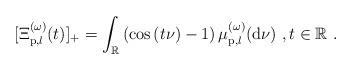
LaTeX: \begin{align*}\lbrack \Xi _{\mathrm{p},l}^{(\omega )}(t)]_{+}=\int_{\mathbb{R}}\left( \cos\left( t\nu \right) -1\right) \mu _{\mathrm{p},l}^{(\omega )}(\mathrm{d}\nu)\ ,t\in \mathbb{R}\ . \end{align*}